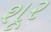
શૂર